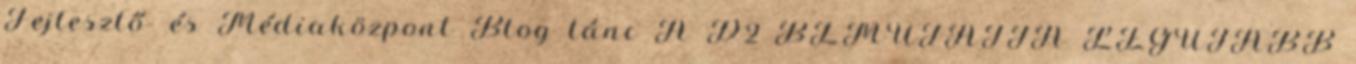
Fejlesztő- és Médiaközpont Blog tánc A D2 BEMUTATJA LEGÚJABB